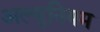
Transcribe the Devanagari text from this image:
अल्‍मुनियम